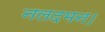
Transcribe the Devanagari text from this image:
नलदमन।